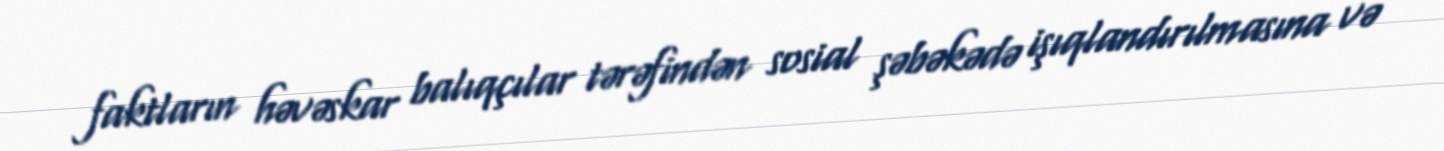
faktların həvəskar balıqçılar tərəfindən sosial şəbəkədə işıqlandırılmasına və